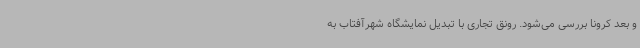
و بعد کرونا بررسی می‌شود. رونق تجاری با تبدیل نمایشگاه شهرآفتاب به